Vital statistics of India. Vol. VI, European troops 1870-79
Year: 1870
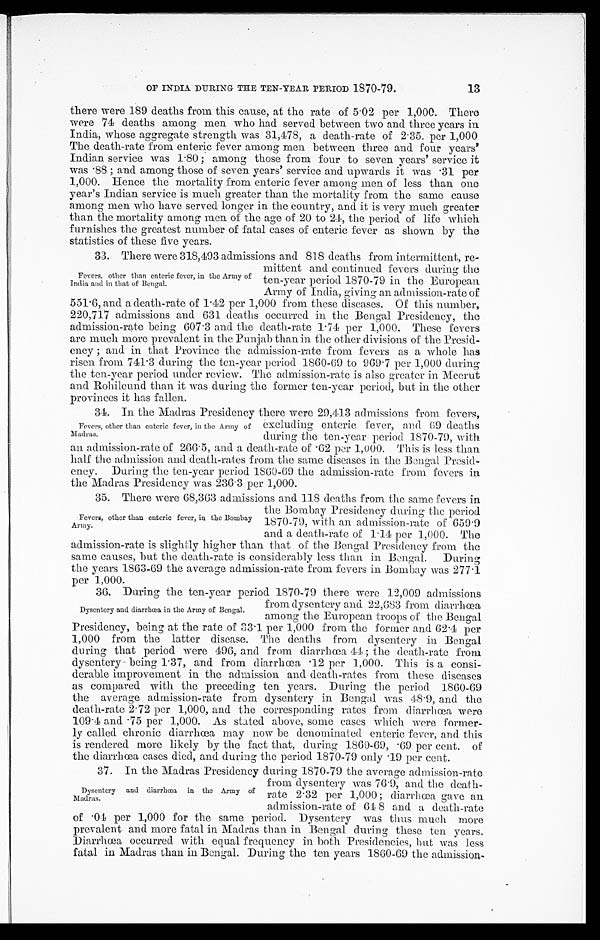
OF INDIA DURING THE TEN-YEAR PERIOD 1870-79.
there were 189 deaths from this cause, at the rate of 5.02 per 1,000. There
were 74 deaths among men who had served between two and three years in
India, whose aggregate strength was 31,478, a death-rate of 2.35. per 1,000
The death-rate from enteric fever among men between three and four years'
Indian service was 1.80 ; among those from four to seven years' service it
was .88 ; and among those of seven years' service and upwards it was .31 per
1,000. Hence the mortality from enteric fever among men of less than one
year's Indian service is much greater than the mortality from the same cause
among men who have served longer in the country, and it is very much greater
than the mortality among men of the age of 20 to 24, the period of life which
furnishes the greatest number of fatal cases of enteric fever as shown by the
statistics of these five years.
33. There were 318,493 admissions and 818 deaths from intermittent, re
-mittent and continued fevers during the
ten-year period 1870-79 in the European
Army of India, giving an admission-rate of
551.6, and a death-rate of 1.42 per 1,000 from these diseases. Of this number,
220,717 admissions and 631 deaths occurred in the Bengal Presidency, the
admission-rate being 607.3 and the death-rate 1.74 per 1,000. These fevers
are much more prevalent in the Punjab than in the other divisions of the Presid--
ency ; and in that Province the admission-rate from fevers as a whole has
risen from 741.3 during the ten-year period 1860-69 to 969.7 per 1,000 during
the ten-year period under review. The admission-rate is also greater in Meerut
and Rohilcund than it was during the former ten-year period, but in the other
provinces it has fallen.
34. In the Madras Presidency there were 29,413 admissions from fevers,
excluding enteric fever, and 69 deaths
during the ten-year period 1870-79, with
an admission-rate of 266.5, and a death-rate of .62 per 1,000. This is less than
half the admission and death-rates from the same diseases in the Bengal Presid
- e n c y . D u r i n g t h e t e n - y e a r p e r i o d 1 8 6 0 - 6 9 t h e a d m i s s i o n - r a t e f r o m f e v e r s i n
the Madras Presidency was 236.3 per 1,000.
35. There were 68,363 admissions and 118 deaths from the same fevers in
the Bombay Presidency during the period
1870-79, with an admission-rate of 659.9
and a death-rate of 1.14 per 1,000. The
admission-rate is slightly higher than that of the Bengal Presidency from the
same causes, but the death-rate is considerably less than in Bengal. During
the years 1863-69 the average admission-rate from fevers in Bombay was 277.1
p e r 1 , 0 0 0 .
36. During the ten-year period 1870-79 there were 12,009 admissions
from dysentery and 22,683 from diarrhœa
among the European troops of the Bengal
Presidency, being at the rate of 33.1 per 1,000 from the former and 62.4 per
1,000 from the latter disease. The deaths from dysentery in Bengal
during that period were 496, and from diarrhœa 44; the death-rate from
dysentery being 1.37, and from diarrhœa .12 per 1,000. This is a consi
- d e r a b l e i m p r o v e m e n t i n t h e a d m i s s i o n a n d d e a t h - r a t e s f r o m t h e s e d i s e a s e s
as compared with the preceding ten years. During the period 1860-69
the average admission-rate from dysentery in Bengal was 48.9, and the
death-rate 2.72 per 1,000, and the corresponding rates from diarrhœa were
109.4 and .75 per 1,000. As stated above, some cases which were former
- l y c a l l e d c h r o n i c d i a r r h œ a m a y n o w b e d e n o m i n a t e d e n t e r i c f e v e r , a n d t h i s
is rendered more likely by the fact that, during 1860-69, .69 per cent. of
the diarrhœa cases died, and during the period 1870-79 only .19 per cent.
37. In the Madras Presidency during 1870-79 the average admission-rate
from dysentery was 76.9, and the death
-rate 2.32 per 1,000 ; diarrhœa gave an
admission-rate of 648 and a death-rate
of .04 per 1,000 for the same period. Dysentery was thus much more
prevalent and more fatal in Madras than in Bengal during these ten years.
Diarrhœa occurred with equal frequency in both Presidencies, but was less
fatal in Madras than in Bengal. During the ten years 1860-69 the admission
-
13
Fevers, other than enteric fever, in the Army of
India and in that of Bengal.
Fevers, other than enteric fever, in the Army of
Madras.
Fevers, other than enteric fever, in the Bombay
Army.
Dysentery and diarrhœa in the Army of J3engal.
Dysentery and diarrhœa in the Army of
Madras.